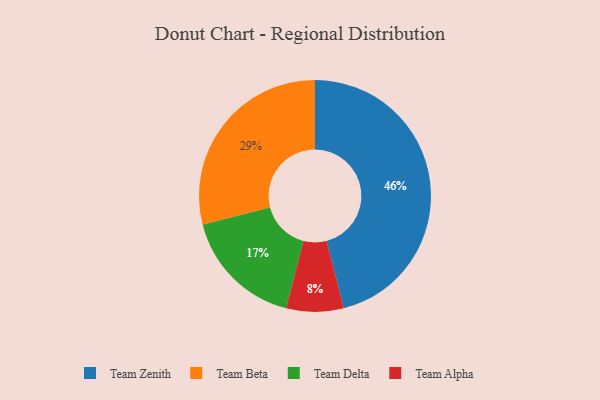
{"axis": {"x": "Category", "y": "Percentage"}, "legend": ["Team Alpha", "Team Beta", "Team Delta", "Team Zenith"], "data": [{"x": "Team Beta", "y": 29, "type": "Team Beta"}, {"x": "Team Alpha", "y": 8, "type": "Team Alpha"}, {"x": "Team Delta", "y": 17, "type": "Team Delta"}, {"x": "Team Zenith", "y": 46, "type": "Team Zenith"}]}